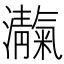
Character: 𪸃